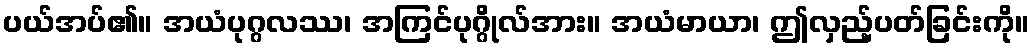
ပယ်အပ်၏။ အယံပုဂ္ဂလဿ၊ အကြင်ပုဂ္ဂိုလ်အား။ အယံမာယာ၊ ဤလှည့်ပတ်ခြင်းကို။